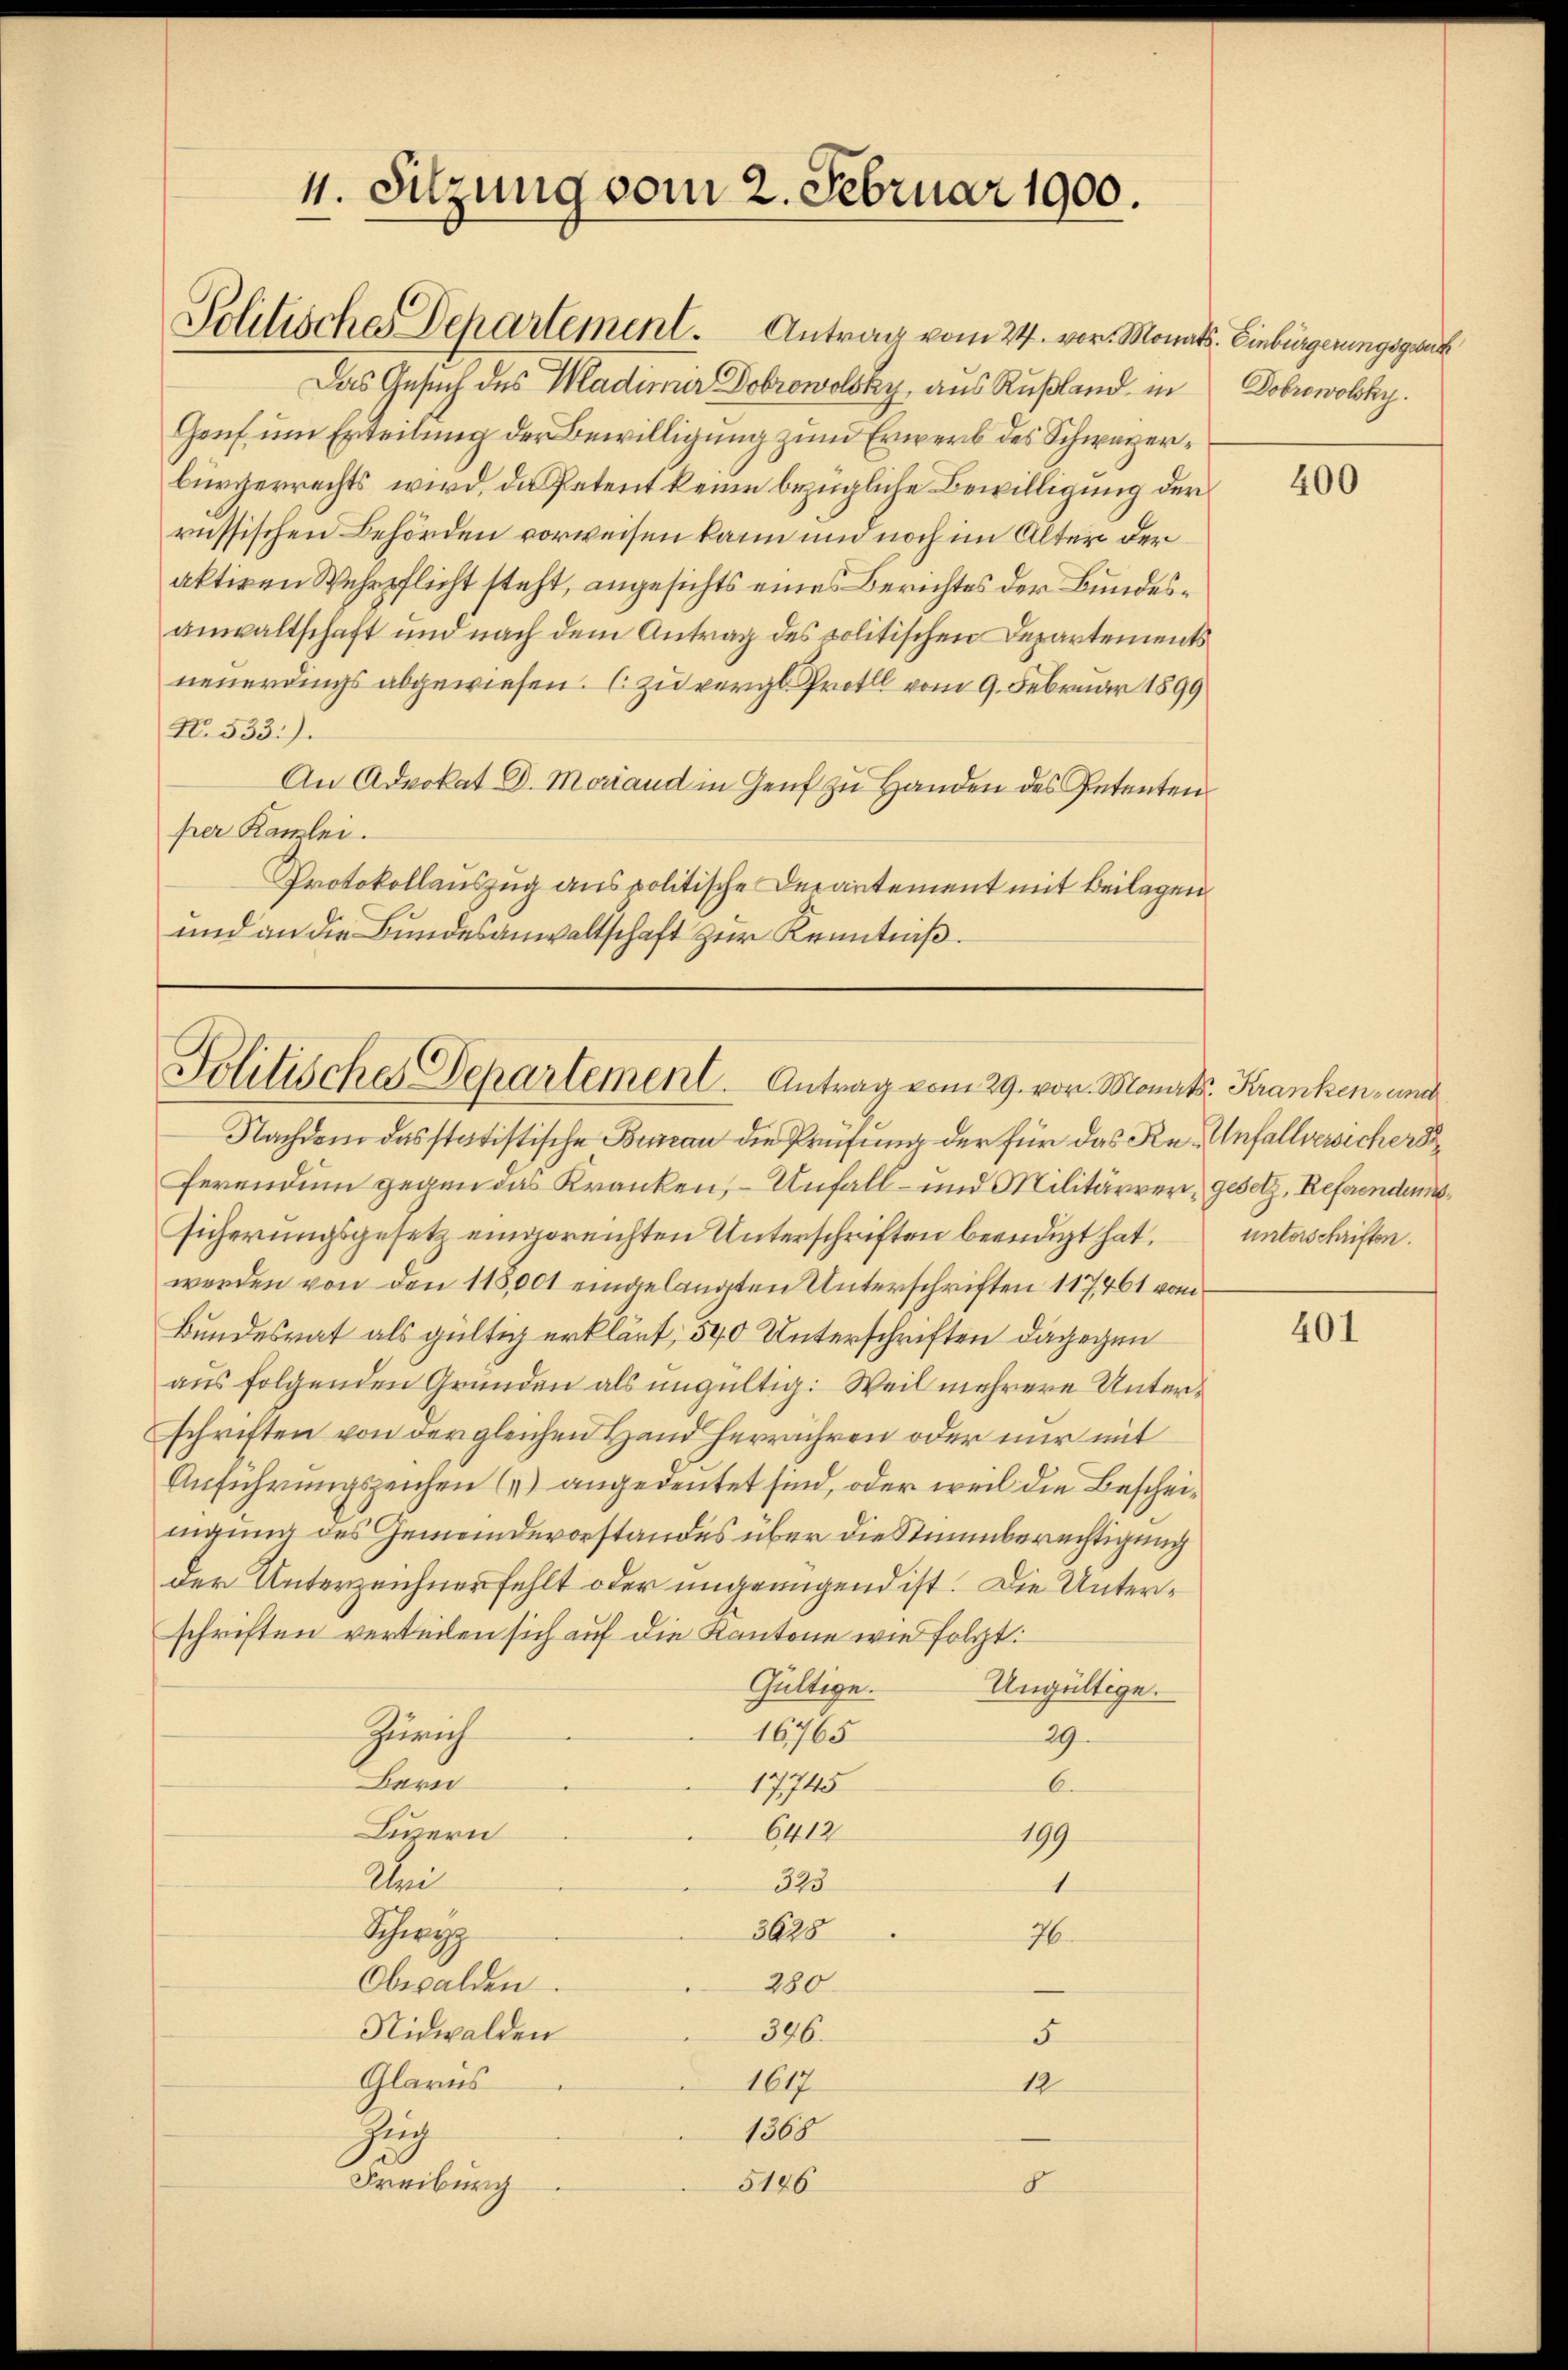
11. Sitzung vom 2. Februar 1900.
Politische Departement. Antrag vom 24. vor. Monats. Einbürgerungsgeric

Das Gesuch des Madimir Dobrowolsky, aus Rußland in
Genf um Erteilung der Bewilligung zum Erwerb des Schwagerbürgerrechts wird, da Petent keine bezügliche Bewilligung der
russischen Behörden vorweisen kann und noch im Alter der
aktiven Wehrpflicht steht, angesichts eines Berichtes der Bundesanwaltschaft und nach dem Antrag des politischen Departements
neuerdings abgewiesen. (zu vergl. Protel vom 9. Februar 1899
No. 533.).
An Advokat D. Mariand in Genf zu Handen des Petenten
per Kanzlei.
Protokollauszug aus politische Decantement mit Beilagen
und an die Bundesanwaltschaft zur Kenntniß.

Politisches Departement. Antrag vom 29. vor. Monats Kranken, und

Nachdem das statistische Bureau die Prüfung der für das Re- Unfallversichers
ferendin gegen das Kranken, – Unfall- und Militärrer, gesetz, Referendumssicherungsgesetz eingereichten Unterschriften beendigt hat.
werden von den 115,001 eingelangten Unterschriften 117461 vom
Bundesrat als gültig erklärt, 540 Unterschriften dagegen
aus folgenden Gründen als ungültig. Weil mehrere Unterschriften von dergleichen Hand herrühren oder nur mit
Anführungszeichen („) angedeutet sind, oder weil die Bescheinigung des Gemeindevorstandes über die Stimmberechtigung
der Unterzeichner fehlt oder ungenügend ist. Die Unterschriften verteien sich auf die Kantone wie folgt:
Gültige.
Ungültige.
Zürich
167765
29.
Bern
6.
17745
6412
Livern
199
Abei
325
1
Schweiz
3625
76
Obwalden.
280.
Nidwalden
396.
5
Glarus
1617
12
Jug
1368
Freiburg
5186
8

Dobrowolsky.

400

unterschriften.

401